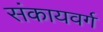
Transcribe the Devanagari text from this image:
संकायवर्ग